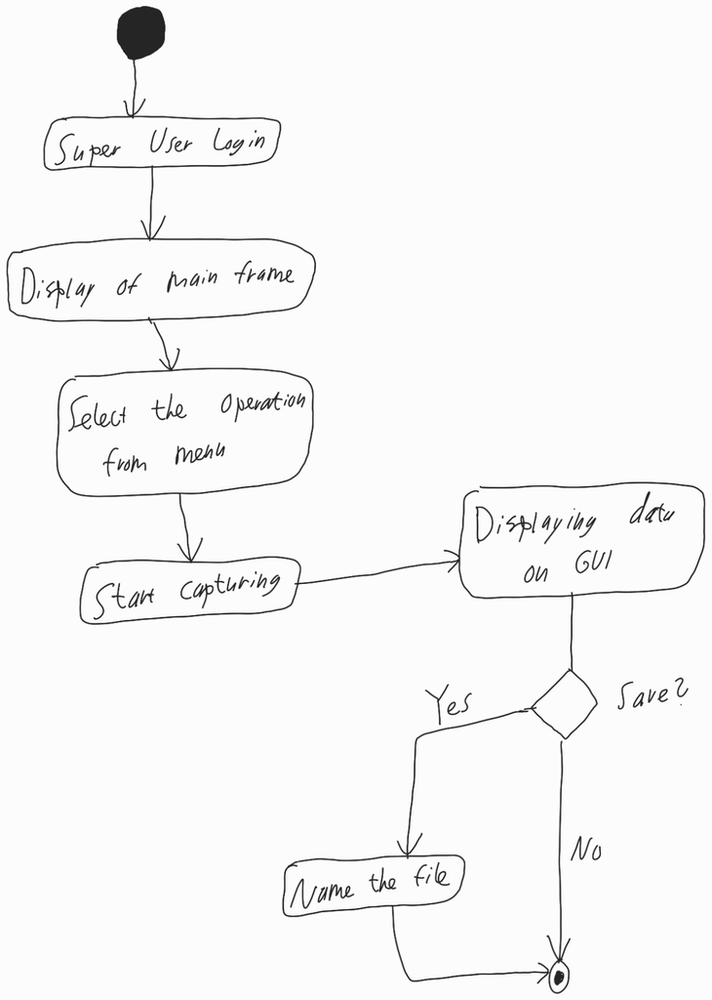
Diagram type: activity_diagram
```plantuml
@startuml

start

:Super User Login;

:Display of main frame;

:Select the operation from menu;

:Start capturing;

:Displaying data on GUI;

if (Save?) then (Yes)
  :Name the file;
else (No)
endif

stop

@enduml
```